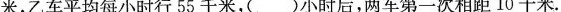
米，乙车平均每小时行55千米，()小时后，两车第一次相距10千米.